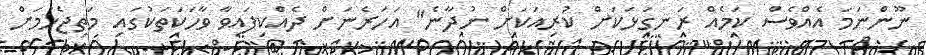
ނޫންނަމަ އެއްވެސް ކަމެއް ރަނގަޅަކަށް ކުރިއަކަށް ނުދާނެ" އަހަރެނަށް ދެއްކިފައިވާ ވާހަކަތަކުގައި މަތިޖެހުމަށް